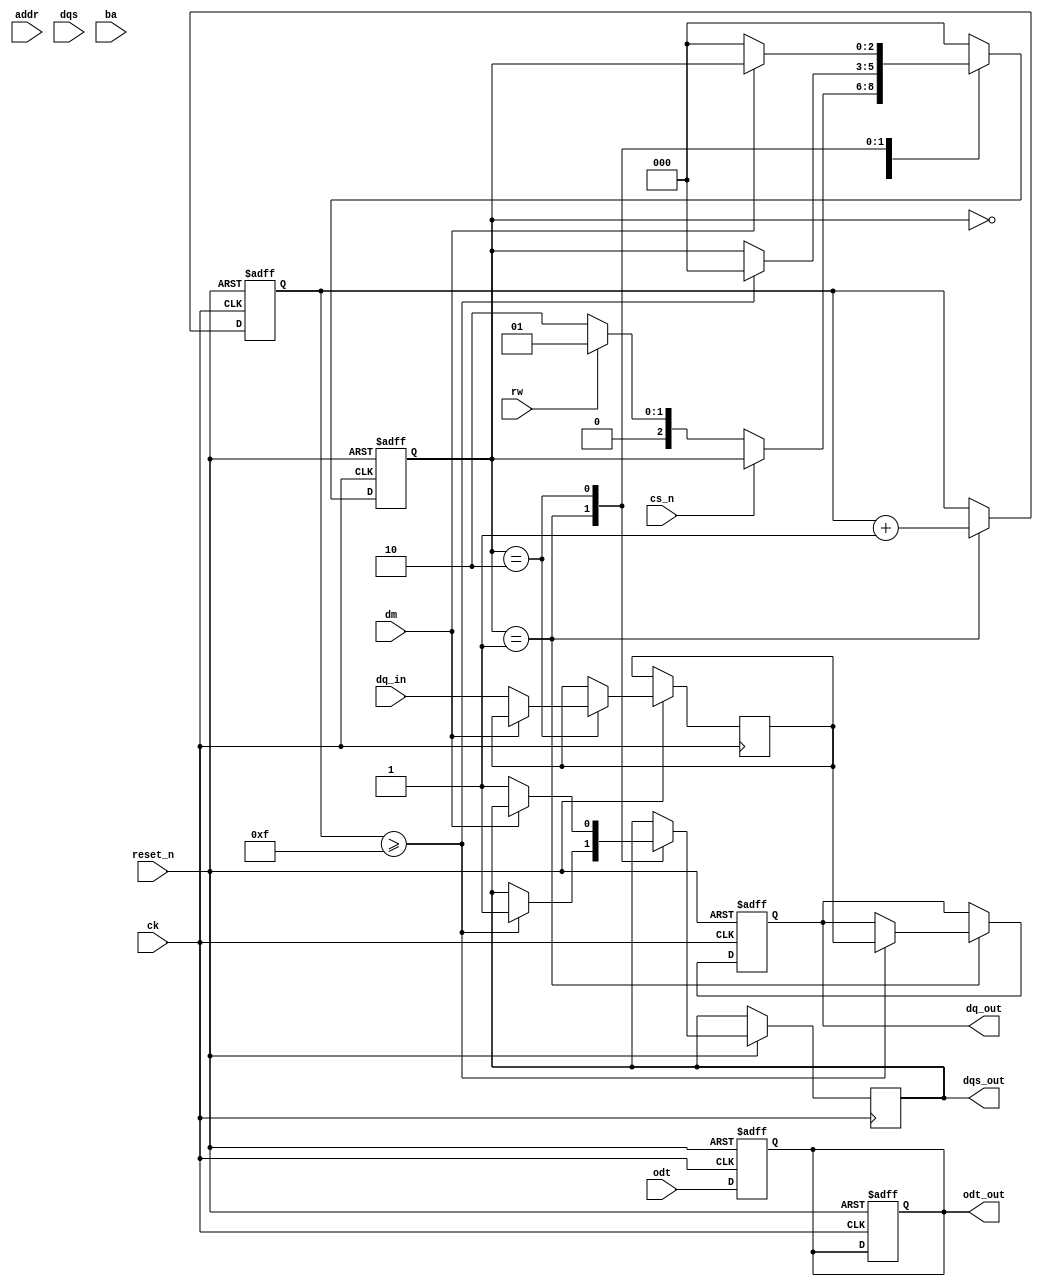
module ddr3_io_block (
    // Input Signals
    input wire [31:0] addr,        // Address lines
    input wire [31:0] dq_in,       // Data input lines (bi-directional)
    input wire dqs,                // Data Strobe
    input wire dm,                 // Data Mask
    input wire ck,                 // Clock
    input wire cs_n,               // Chip Select (active low)
    input wire rw,                 // Read/Write control
    input wire [1:0] ba,           // Bank Address
    input wire odt,                // On-die termination control
    input wire reset_n,            // Active low reset

    // Output Signals
    output reg [31:0] dq_out,      // Data output lines (bi-directional)
    output reg dqs_out,            // Data Strobe output
    output reg odt_out             // On-die termination output
);

// Internal signals
reg [31:0] data_buffer;            // Buffer for data
reg [2:0] state;                   // Finite state machine state
reg [15:0] timing_reg;             // Timing control register

// Parameters for timing control
parameter tCAS = 15;               // CAS latency
parameter tRCD = 15;               // RAS to CAS delay
parameter tRP = 15;                // Row Precharge time
parameter tCL = 15;                // CAS Latency
parameter tWR = 15;                // Write recovery time

// State definitions
localparam IDLE    = 3'b000;
localparam READ    = 3'b001;
localparam WRITE   = 3'b010;
localparam REFRESH = 3'b011;

// Clock and Reset Logic
always @(posedge ck or negedge reset_n) begin
    if (!reset_n) begin
        state <= IDLE;
        dq_out <= 32'b0;
        odt_out <= 1'b0;
        timing_reg <= 16'b0;
    end else begin
        case (state)
            IDLE: begin
                if (!cs_n) begin // Chip Select Active
                    if (rw) begin // Read operation
                        state <= READ;
                    end else begin // Write operation
                        state <= WRITE;
                    end
                end
            end
            
            READ: begin
                // Timing and data handling for read
                timing_reg <= timing_reg + 1;
                if (timing_reg >= tCL) begin
                    dq_out <= data_buffer; // Output the data after delay
                    dqs_out <= 1'b1; // Assert dqs during read
                    state <= IDLE; // Go back to IDLE
                end
            end
            
            WRITE: begin
                // Timing and data handling for write
                if (dm) begin
                    // Mask data handling logic here
                end else begin
                    data_buffer <= dq_in; // Capture input data
                    dqs_out <= 1'b1; // Assert dqs during write
                    state <= IDLE; // Go back to IDLE
                end
            end
            
            default: state <= IDLE; // Fallback to IDLE
        endcase
    end
end

// ODT Control Logic
always @(posedge ck or negedge reset_n) begin
    if (!reset_n) begin
        odt_out <= 1'b0; // Disable ODT on reset
    end else begin
        odt_out <= odt; // Reflect the ODT input
    end
end

endmodule